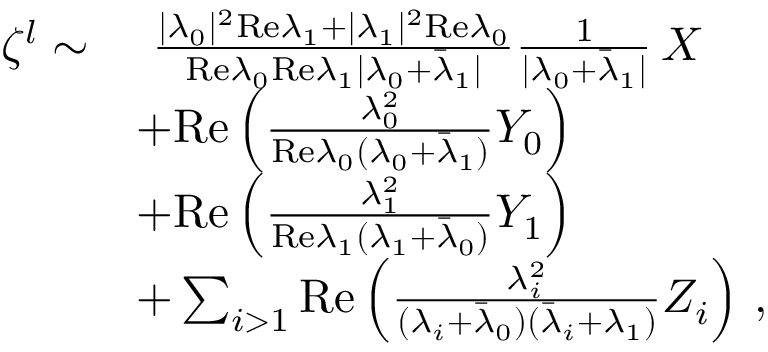
\begin{array} { r l } { \zeta ^ { l } \sim } & { ~ \frac { \vert \lambda _ { 0 } \vert ^ { 2 } \mathrm { R e } \lambda _ { 1 } + \vert \lambda _ { 1 } \vert ^ { 2 } \mathrm { R e } \lambda _ { 0 } } { \mathrm { R e } \lambda _ { 0 } \mathrm { R e } \lambda _ { 1 } \vert \lambda _ { 0 } + \bar { \lambda } _ { 1 } \vert } \frac { 1 } { \vert \lambda _ { 0 } + \bar { \lambda } _ { 1 } \vert } \, X } \\ & { + \mathrm { R e } \left( \frac { \lambda _ { 0 } ^ { 2 } } { \mathrm { R e } \lambda _ { 0 } ( \lambda _ { 0 } + \bar { \lambda } _ { 1 } ) } Y _ { 0 } \right) } \\ & { + \mathrm { R e } \left( \frac { \lambda _ { 1 } ^ { 2 } } { \mathrm { R e } \lambda _ { 1 } ( \lambda _ { 1 } + \bar { \lambda } _ { 0 } ) } Y _ { 1 } \right) } \\ & { + \sum _ { i > 1 } \mathrm { R e } \left( \frac { \lambda _ { i } ^ { 2 } } { ( \lambda _ { i } + \bar { \lambda } _ { 0 } ) ( \bar { \lambda } _ { i } + \lambda _ { 1 } ) } Z _ { i } \right) \, , } \end{array}